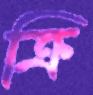
ক্রি